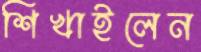
শিখাইলেন